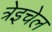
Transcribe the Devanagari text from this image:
त्रेइचेल